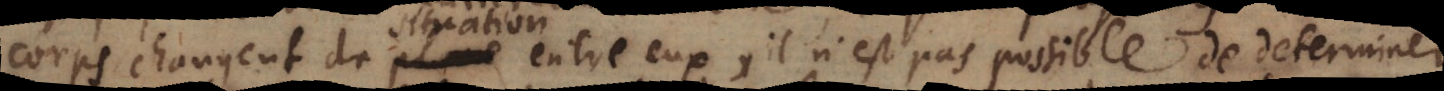
corps changent de situation entre eux, il n’est pas possible de determiner